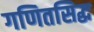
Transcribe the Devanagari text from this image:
गणितसिद्ध